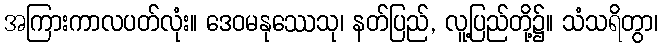
အကြားကာလပတ်လုံး။ ဒေဝမနုဿေသု၊ နတ်ပြည်, လူ့ပြည်တို့၌။ သံသရိတွာ၊